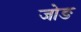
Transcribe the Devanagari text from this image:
जोङ